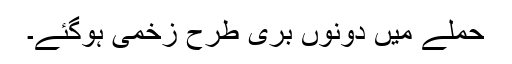
حملے میں دونوں بری طرح زخمی ہوگئے۔